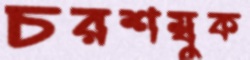
চরশম্বুক